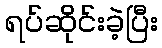
ရပ်ဆိုင်းခဲ့ပြီး